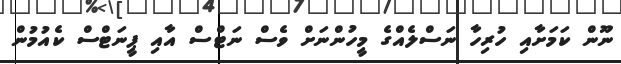
ނޫން ކަމަށާއި ހުރިހާ ނަސްލެއްގެ މީހުންނަށް ވެސް ނަޓްސް އާއި ޕީނަޓްސް ކެއުމުން